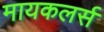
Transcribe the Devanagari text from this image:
मायकलर्स